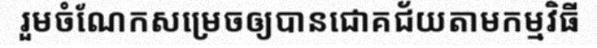
រួមចំណែកសម្រេចឲ្យបានជោគជ័យតាមកម្មវិធី